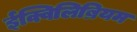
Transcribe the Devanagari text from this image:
ईक्विलिब्रियम